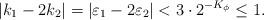
LaTeX: \begin{align*}|k_{1}-2k_{2}|=|\varepsilon_{1}-2 \varepsilon_{2}|< 3\cdot2^{-K_{\phi}}\leq 1.\end{align*}